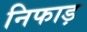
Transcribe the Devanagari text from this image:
निफाड़